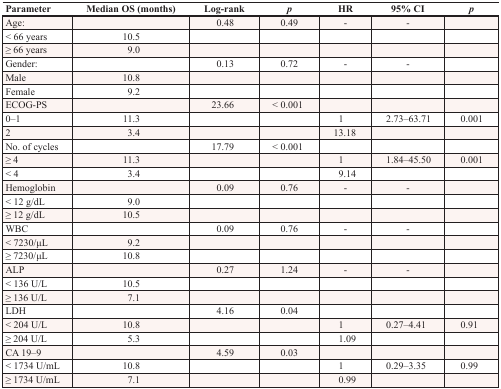
| Parameter | Median OS (months) | Log-rank | p | HR | 95% CI | p |
 | --- | --- | --- | --- | --- | --- | --- |
 | Age: |  | 0.48 | 0.49 | - | - |  |
 | < 66 years | 10.5 |  |  |  |  |  |
 | ≥ 66 years | 9.0 |  |  |  |  |  |
 | Gender: |  | 0.13 | 0.72 | - | - |  |
 | Male | 10.8 |  |  |  |  |  |
 | Female | 9.2 |  |  |  |  |  |
 | ECOG-PS |  | 23.66 | < 0.001 |  |  |  |
 | 0–1 | 11.3 |  |  | 1 | 2.73–63.71 | 0.001 |
 | 2 | 3.4 |  |  | 13.18 |  |  |
 | No. of cycles |  | 17.79 | < 0.001 |  |  |  |
 | ≥ 4 | 11.3 |  |  | 1 | 1.84–45.50 | 0.001 |
 | < 4 | 3.4 |  |  | 9.14 |  |  |
 | Hemoglobin |  | 0.09 | 0.76 | - | - |  |
 | < 12 g/dL | 9.0 |  |  |  |  |  |
 | ≥ 12 g/dL | 10.5 |  |  |  |  |  |
 | WBC |  | 0.09 | 0.76 | - | - |  |
 | < 7230/μL | 9.2 |  |  |  |  |  |
 | ≥ 7230/μL | 10.8 |  |  |  |  |  |
 | ALP |  | 0.27 | 1.24 | - | - |  |
 | < 136 U/L | 10.5 |  |  |  |  |  |
 | ≥ 136 U/L | 7.1 |  |  |  |  |  |
 | LDH |  | 4.16 | 0.04 |  |  |  |
 | < 204 U/L | 10.8 |  |  | 1 | 0.27–4.41 | 0.91 |
 | ≥ 204 U/L | 5.3 |  |  | 1.09 |  |  |
 | CA 19–9 |  | 4.59 | 0.03 |  |  |  |
 | < 1734 U/mL | 10.8 |  |  | 1 | 0.29–3.35 | 0.99 |
 | ≥ 1734 U/mL | 7.1 |  |  | 0.99 |  |  |